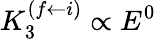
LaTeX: K_{3}^{(f\leftarrow i)}\propto E^{0}